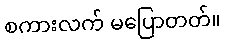
စကားလက် မပြောတတ်။